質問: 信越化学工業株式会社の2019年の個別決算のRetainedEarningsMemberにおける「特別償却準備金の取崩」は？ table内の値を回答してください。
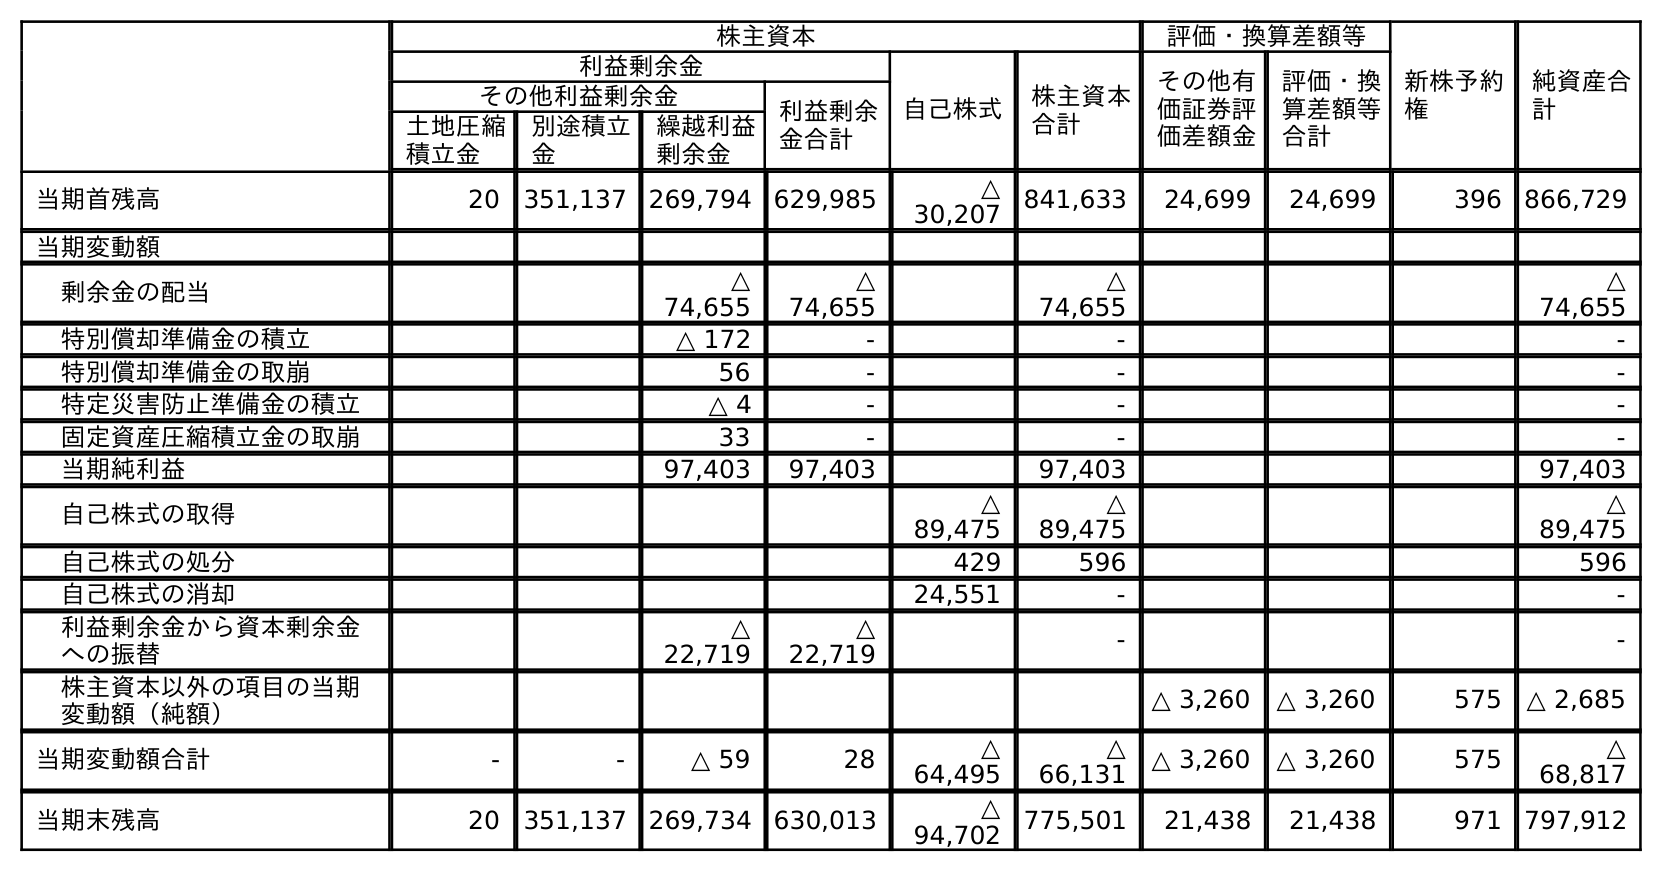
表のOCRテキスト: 株主資本 評価・換算差額等 新株予約 権 純資産合 計 利益剰余金 自己株式 株主資本 合計 その他有 価証券評 価差額金 評価・換 算差額等 合計 その他利益剰余金 利益剰余 金合計 土地圧縮 積立金 別途積立 金 繰越利益 剰余金 当期首残高 20 351,137 269,794 629,985 △ 30,207 841,633 24,699 24,699 396 866,729 当期変動額 剰余金の配当 △ 74,655 △ 74,655 △ 74,655 △ 74,655 特別償却準備金の積立 △ 172 - - - 特別償却準備金の取崩 56 - - - 特定災害防止準備金の積立 △ 4 - - - 固定資産圧縮積立金の取崩 33 - - - 当期純利益 97,403 97,403 97,403 97,403 自己株式の取得 △ 89,475 △ 89,475 △ 89,475 自己株式の処分 429 596 596 自己株式の消却 24,551 - - 利益剰余金から資本剰余金 への振替 △ 22,719 △ 22,719 - - 株主資本以外の項目の当期 変動額（純額） △ 3,260 △ 3,260 575 △ 2,685 当期変動額合計 - - △ 59 28 △ 64,495 △ 66,131 △ 3,260 △ 3,260 575 △ 68,817 当期末残高 20 351,137 269,734 630,013 △ 94,702 775,501 21,438 21,438 971 797,912
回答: -